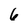
Character: 6